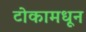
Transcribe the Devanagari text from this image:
टोकामधून